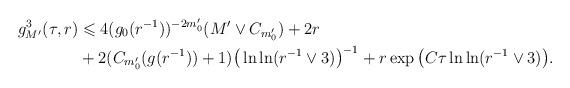
LaTeX: \begin{align*} g_{M'}^3(\tau,r) &\leqslant 4(g_0(r^{-1}))^{-2m'_0}(M'\vee C_{m'_0})+2r \\ &+2(C_{m'_0}(g(r^{-1}))+1) \big(\ln\ln(r^{-1}\vee 3)\big)^{-1} +r\exp\big(C\tau\ln\ln (r^{-1}\vee3)\big). \end{align*}